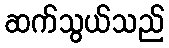
ဆက်သွယ်သည်